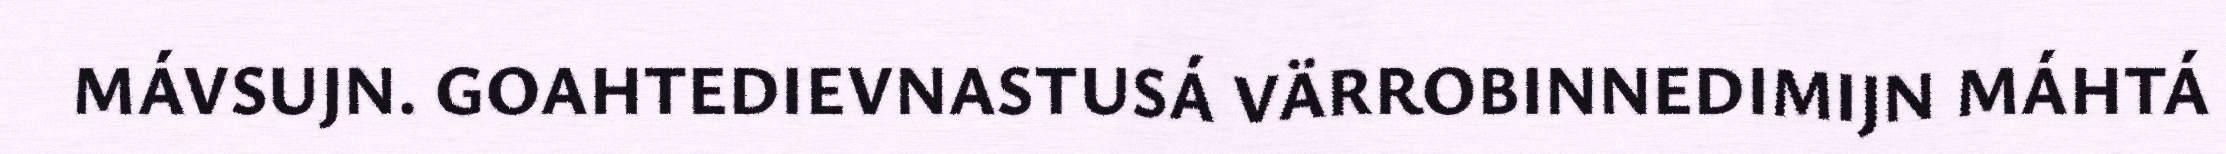
MÁVSUJN. GOAHTEDIEVNASTUSÁ VÄRROBINNEDIMIJN MÁHTÁ